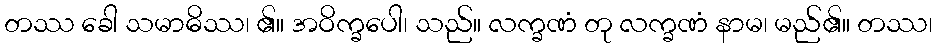
တဿ ခေါ သမာဓိဿ၊ ၏။ အဝိက္ခပေါ၊ သည်။ လက္ခဏံ တု လက္ခဏံ နာမ၊ မည်၏။ တဿ၊